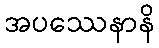
အပဿေနာနိ